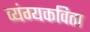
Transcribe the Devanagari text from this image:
व्यंग्यकविता